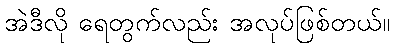
အဲဒီလို ရေတွက်လည်း အလုပ်ဖြစ်တယ်။